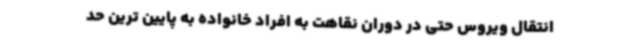
انتقال ویروس حتی در دوران نقاهت به افراد خانواده به پایین ترین حد